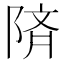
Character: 𫕅